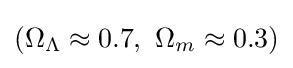
(\Omega _{\Lambda }\approx 0.7,~\Omega _{m}\approx 0.3)